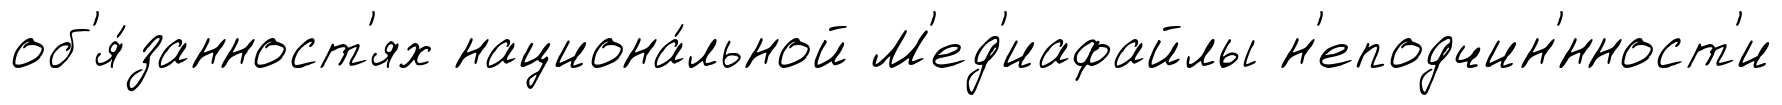
об'я́занност'ях национа́льной М'ед'иафайлы н'еподчин'́нност'и